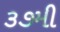
૩૭મી